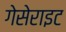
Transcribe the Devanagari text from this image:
गेसेराइट